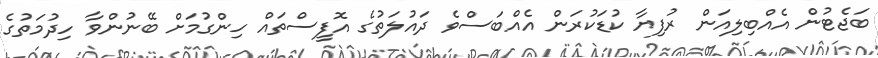
ބަޖެޓުން އެއްބިލިއަން ރުފިޔާ ކުޑަކުރަން އެއްބަސްވެ ދައުލަތުގެ އޮފީސްތައް ހިންގުމަށް ބޭނުންވާ ހިދުމަތުގެ